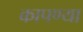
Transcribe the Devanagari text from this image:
कापण्या